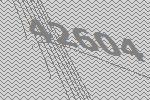
42604